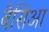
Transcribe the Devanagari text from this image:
बैसिआ